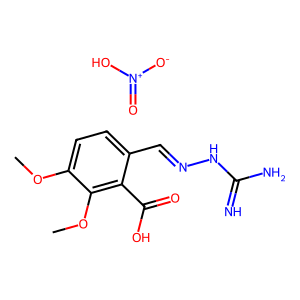
SMILES: COc1ccc(C=NNC(=N)N)c(C(=O)O)c1OC.O=[N+]([O-])O
Inhibits HIV replication: No